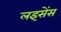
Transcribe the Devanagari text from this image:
लइसेंस